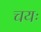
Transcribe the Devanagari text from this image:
चयः